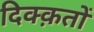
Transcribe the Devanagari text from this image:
दिक्क़तों